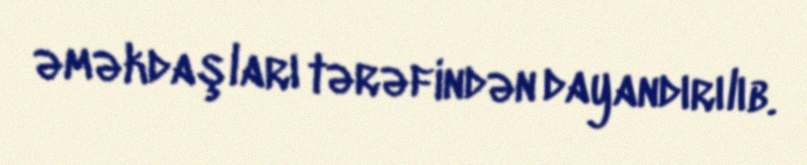
əməkdaşları tərəfindən dayandırılıb.